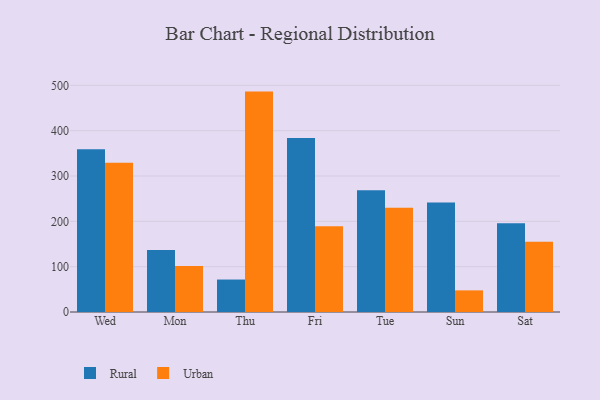
{"axis": {"x": "Day", "y": "Conversion Rate (%)"}, "legend": ["Rural", "Urban"], "data": [{"x": "Wed", "y": 359.3, "type": "Rural"}, {"x": "Wed", "y": 329.3, "type": "Urban"}, {"x": "Mon", "y": 136.8, "type": "Rural"}, {"x": "Mon", "y": 101.7, "type": "Urban"}, {"x": "Thu", "y": 71.6, "type": "Rural"}, {"x": "Thu", "y": 486.2, "type": "Urban"}, {"x": "Fri", "y": 384.0, "type": "Rural"}, {"x": "Fri", "y": 188.9, "type": "Urban"}, {"x": "Tue", "y": 268.8, "type": "Rural"}, {"x": "Tue", "y": 230.0, "type": "Urban"}, {"x": "Sun", "y": 241.8, "type": "Rural"}, {"x": "Sun", "y": 47.7, "type": "Urban"}, {"x": "Sat", "y": 196.0, "type": "Rural"}, {"x": "Sat", "y": 155.0, "type": "Urban"}]}